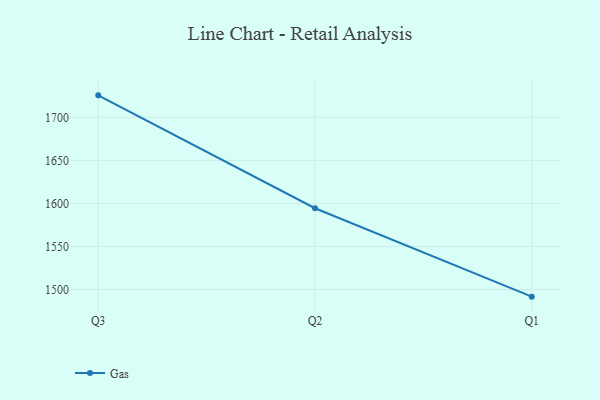
{"axis": {"x": "Quarter", "y": "Tickets Resolved"}, "legend": ["Gas"], "data": [{"x": "Q3", "y": 1725.5, "type": "Gas"}, {"x": "Q2", "y": 1594.4, "type": "Gas"}, {"x": "Q1", "y": 1491.7, "type": "Gas"}]}